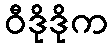
ဝီဒိုဒိုက